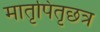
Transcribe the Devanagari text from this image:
मातृपितृछत्र